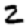
Digit: 2